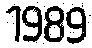
1989